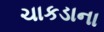
ચાકડાના